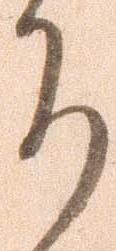
ち